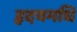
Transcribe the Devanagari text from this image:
हृदयमधि